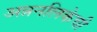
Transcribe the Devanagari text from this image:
अन्ननलिकेची